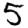
Digit: 5